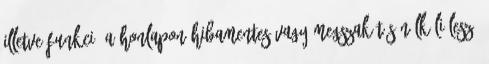
ILLETVE FUNKCIÓ A HONLAPON HIBAMENTES VAGY MEGSZAKÍTÁS NÉLKÜLI LESZ,